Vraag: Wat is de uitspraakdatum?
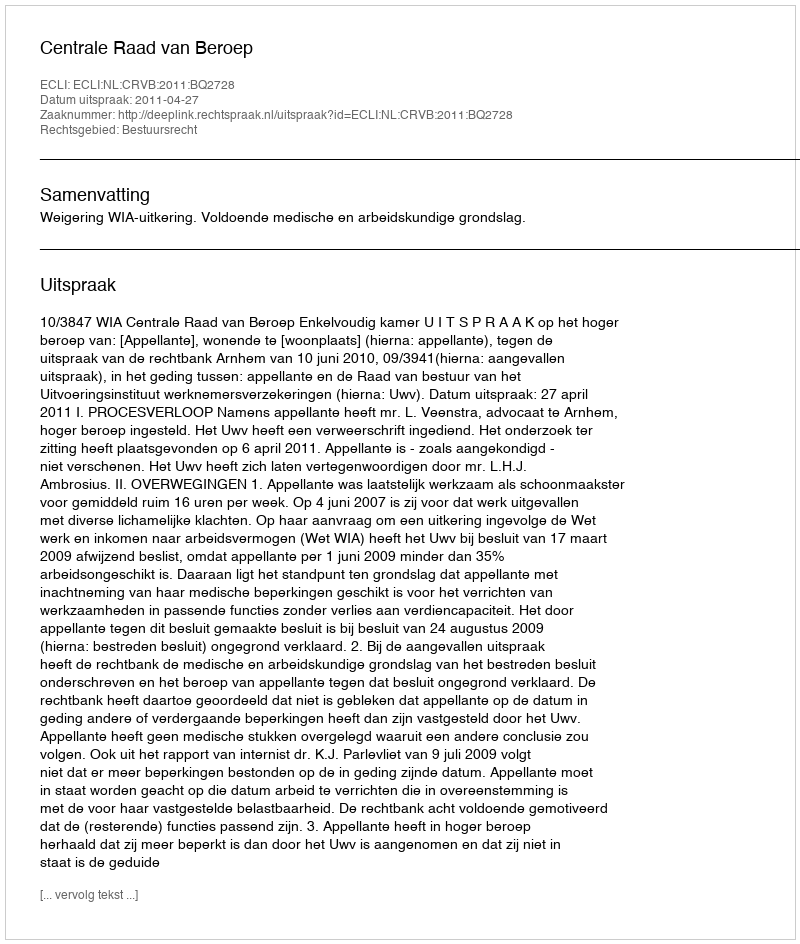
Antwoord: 2011-04-27